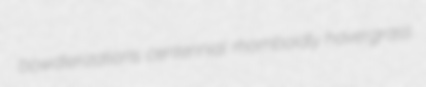
bowdlerizations centennial rhomboidly havergrass